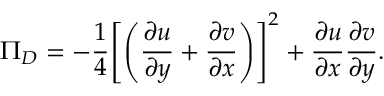
\Pi _ { D } = - \frac { 1 } { 4 } \Bigg [ \Bigg ( \frac { \partial u } { \partial y } + \frac { \partial v } { \partial x } \Bigg ) \Bigg ] ^ { 2 } + \frac { \partial u } { \partial x } \frac { \partial v } { \partial y } .